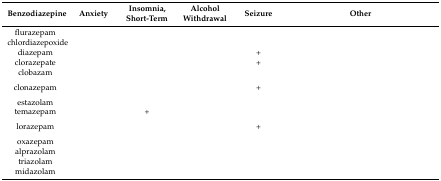
<table><thead><tr><td><b>Benzodiazepine</b></td><td><b>Anxiety</b></td><td><b>Insomnia, Short-Term</b></td><td><b>Alcohol Withdrawal</b></td><td><b>Seizure</b></td><td><b>Other</b></td></tr></thead><tbody><tr><td>flurazepam</td><td>[EMPTY_CELL]</td><td>[EMPTY_CELL]</td><td>[EMPTY_CELL]</td><td>[EMPTY_CELL]</td><td>[EMPTY_CELL]</td></tr><tr><td>chlordiazepoxide</td><td>[EMPTY_CELL]</td><td>[EMPTY_CELL]</td><td>[EMPTY_CELL]</td><td>[EMPTY_CELL]</td><td>[EMPTY_CELL]</td></tr><tr><td>diazepam</td><td>[EMPTY_CELL]</td><td>[EMPTY_CELL]</td><td>[EMPTY_CELL]</td><td>+</td><td>[EMPTY_CELL]</td></tr><tr><td>clorazepate</td><td>[EMPTY_CELL]</td><td>[EMPTY_CELL]</td><td>[EMPTY_CELL]</td><td>+</td><td>[EMPTY_CELL]</td></tr><tr><td>clobazam</td><td>[EMPTY_CELL]</td><td>[EMPTY_CELL]</td><td>[EMPTY_CELL]</td><td>[EMPTY_CELL]</td><td>[EMPTY_CELL]</td></tr><tr><td>clonazepam</td><td>[EMPTY_CELL]</td><td>[EMPTY_CELL]</td><td>[EMPTY_CELL]</td><td>+</td><td>[EMPTY_CELL]</td></tr><tr><td>estazolam</td><td>[EMPTY_CELL]</td><td>[EMPTY_CELL]</td><td>[EMPTY_CELL]</td><td>[EMPTY_CELL]</td><td>[EMPTY_CELL]</td></tr><tr><td>temazepam</td><td>[EMPTY_CELL]</td><td>+</td><td>[EMPTY_CELL]</td><td>[EMPTY_CELL]</td><td>[EMPTY_CELL]</td></tr><tr><td>lorazepam</td><td>[EMPTY_CELL]</td><td>[EMPTY_CELL]</td><td>[EMPTY_CELL]</td><td>+</td><td>[EMPTY_CELL]</td></tr><tr><td>oxazepam</td><td>[EMPTY_CELL]</td><td>[EMPTY_CELL]</td><td>[EMPTY_CELL]</td><td>[EMPTY_CELL]</td><td>[EMPTY_CELL]</td></tr><tr><td>alprazolam</td><td>[EMPTY_CELL]</td><td>[EMPTY_CELL]</td><td>[EMPTY_CELL]</td><td>[EMPTY_CELL]</td><td>[EMPTY_CELL]</td></tr><tr><td>triazolam</td><td>[EMPTY_CELL]</td><td>[EMPTY_CELL]</td><td>[EMPTY_CELL]</td><td>[EMPTY_CELL]</td><td>[EMPTY_CELL]</td></tr><tr><td>midazolam</td><td>[EMPTY_CELL]</td><td>[EMPTY_CELL]</td><td>[EMPTY_CELL]</td><td>[EMPTY_CELL]</td><td>[EMPTY_CELL]</td></tr></tbody></table>